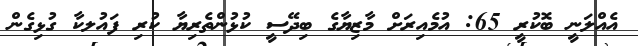
އެއްލަނީ ބޮކުރީ 65: އުމެއިރަށް މާޒިޔާގެ ބިދޭސީ ކުޅުންތެރިޔާ ކުރި ފައުލކާ ގުޅިގެން